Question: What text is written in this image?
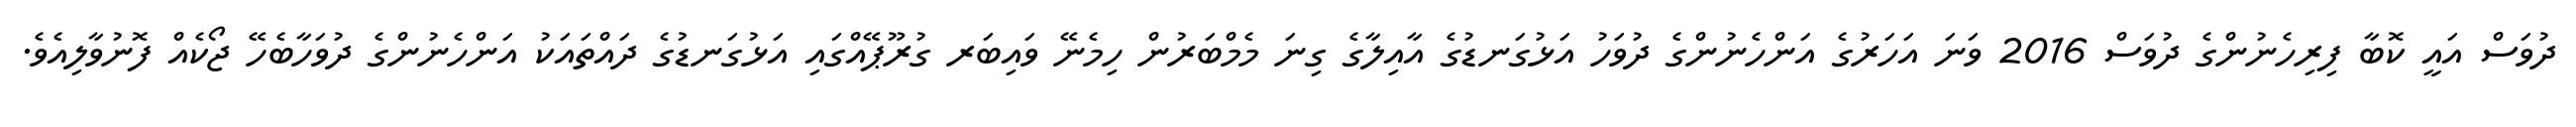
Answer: ދުވަސް އައީ ކޮބާ ފިރިހެނުންގެ ދުވަސް 2016 ވަނަ އަހަރުގެ އަންހެނުންގެ ދުވަހު އަޅުގަނޑުގެ އާއިލާގެ ގިނަ މެމްބަރުން ހިމެނޭ ވައިބަރ ގުރޫޕޭއްގައި އަޅުގަނޑުގެ ދައްތައަކު އަންހެނުންގެ ދުވަހާބެހޭ ޖޯކެއް ފޮނުވާލިއެވެ.